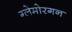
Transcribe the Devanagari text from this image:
ग्लेमोरगन